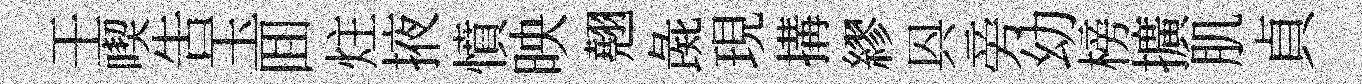
壬喫告玉囬炷掖憤映翹彘現搆繆㒷旁幼榜擴肌貞